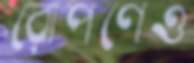
রোপণেও